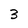
Character: 3